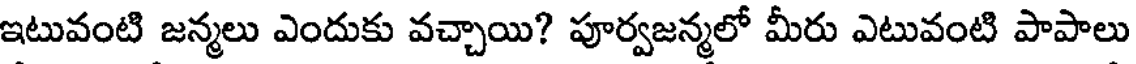
ఇటువంటి జన్మలు ఎందుకు వచ్చాయి? పూర్వజన్మలో మీరు ఎటువంటి పాపాలు